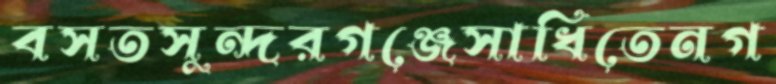
বসতসুন্দরগঞ্জেসাধিতেনগ